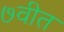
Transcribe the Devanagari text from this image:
७वीत